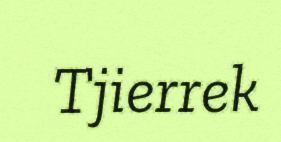
Tjierrek